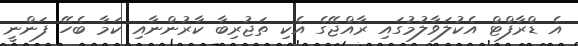
އެ ޑްރާފްޓް އެކުލަވާލުމުގައި ރާއްޖޭގެ އެކި ތަޖުރިބާ ކާރުންނާއި ކަމާ ބެހޭ ފަންނީ